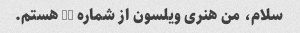
سلام، من هنری ویلسون از شماره 37 هستم.